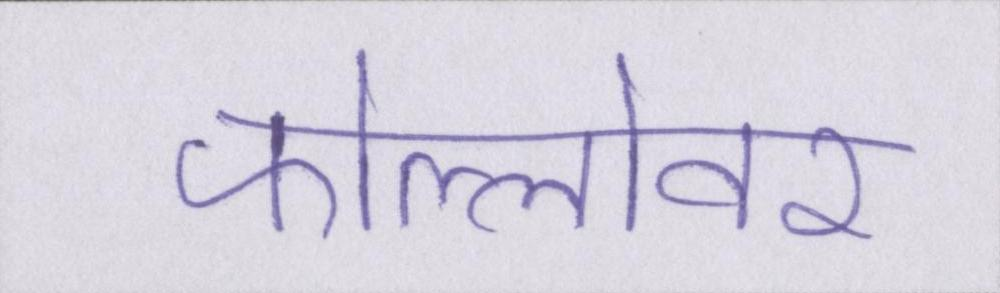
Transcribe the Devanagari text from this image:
फोल्लोवर